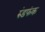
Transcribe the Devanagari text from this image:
रुंडफंक